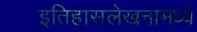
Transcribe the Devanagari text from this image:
इतिहासलेखनामध्ये